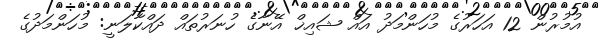
އުމުރުން 12 އަހަރުގެ މުހަންމަދު އައް ޝައިޚް އޭނާގެ ހުނަރުތައް ދައްކާލަނީ: މުހަންމަދުގެ